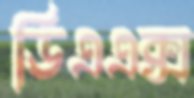
ডিএএক্স